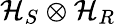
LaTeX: \mathcal{H}_{S}\otimes\mathcal{H}_{R}